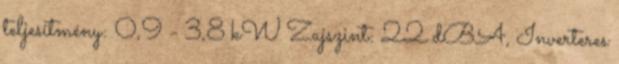
teljesítmény: 0,9 - 3,8 kW Zajszint: 22 dBA, Inverteres